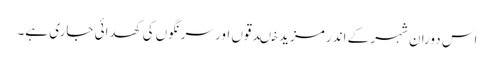
اس دوران شہر کے اندر مزید خںدقوں اور سرنگوں کی کھدائی جاری ہے۔